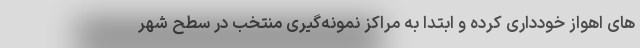
های اهواز خودداری کرده و ابتدا به مراکز نمونه‌گیری منتخب در سطح شهر